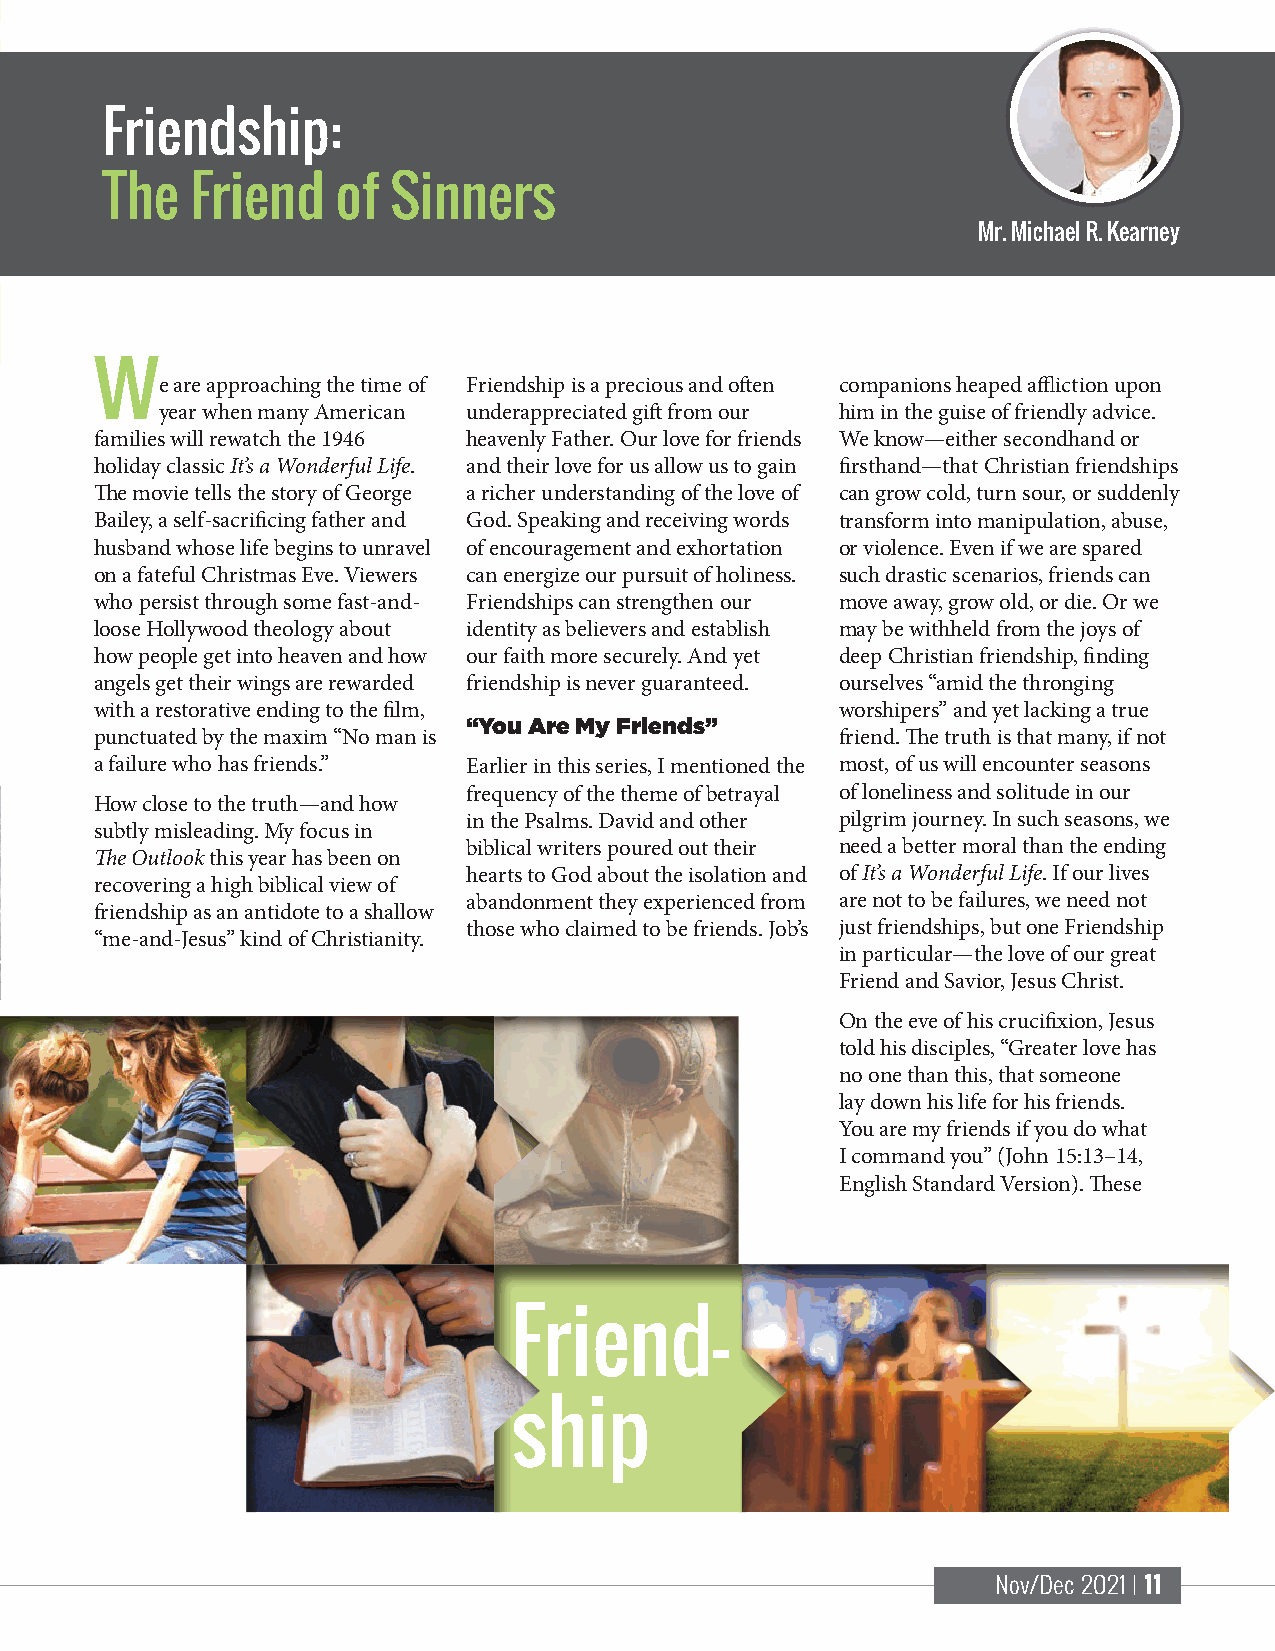
Friendship:
 The   Friend   of  Sinners
 Mr. Michael R. Kearney
 W
 e are approaching the time of Friendship is a precious and often companions heaped affliction upon
 year when many American underappreciated gift from our him in the guise of friendly advice.
 families will rewatch the 1946 heavenly Father. Our love for friends We know—either secondhand or
 holiday classic It’s a Wonderful Life. and their love for us allow us to gain firsthand—that Christian friendships
 The movie tells the story of George a richer understanding of the love of can grow cold, turn sour, or suddenly
 Bailey, a self-sacrificing father and God. Speaking and receiving words transform into manipulation, abuse,
 husband whose life begins to unravel of encouragement and exhortation or violence. Even if we are spared
 on a fateful Christmas Eve. Viewers can energize our pursuit of holiness. such drastic scenarios, friends can
 who persist through some fast-and- Friendships can strengthen our move away, grow old, or die. Or we
 loose Hollywood theology about identity as believers and establish may be withheld from the joys of
 how people get into heaven and how our faith more securely. And yet deep Christian friendship, finding
 angels get their wings are rewarded friendship is never guaranteed. ourselves “amid the thronging
 with a restorative ending to the film,            worshipers” and yet lacking a true
 “You Are My Friends”
 punctuated by the maxim “No man is                friend. The truth is that many, if not
 a failure who has friends.” Earlier in this series, I mentioned the most, of us will encounter seasons
 frequency of the theme of betrayal of loneliness and solitude in our
 How close to the truth—and how
 in the Psalms. David and other pilgrim journey. In such seasons, we
 subtly misleading. My focus in
 biblical writers poured out their need a better moral than the ending
 The Outlook this year has been on
 hearts to God about the isolation and of It’s a Wonderful Life. If our lives
 recovering a high biblical view of
 abandonment they experienced from are not to be failures, we need not
 friendship as an antidote to a shallow
 those who claimed to be friends. Job’s just friendships, but one Friendship
 “me-and-Jesus” kind of Christianity.
 in particular—the love of our great
 Friend and Savior, Jesus Christ.
 On the eve of his crucifixion, Jesus
 told his disciples, “Greater love has
 no one than this, that someone
 lay down his life for his friends.
 You are my friends if you do what
 I command you” (John 15:13–14,
 English Standard Version). These
 Friend-
 ship
 Nov/Dec 2021 | 11